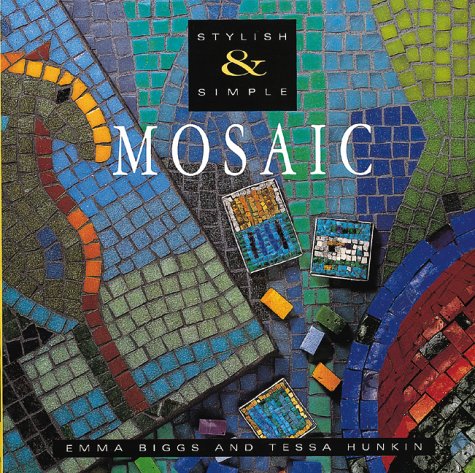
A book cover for Mosaic (Stylish & Simple); Emma Biggs; Crafts, Hobbies & Home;